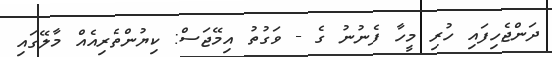
ދަންޖެހިފައި ހުރި މީހާ ފެނުނު ގެ - ވަގުތު އިމޭޖަސް: ކިޔުންތެރިއެއް މާލޭގައި